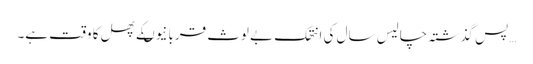
…پس گذشتہ چالیس سال کی انتھک بے لوث قربانیوںکے پھل کا وقت ہے۔